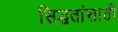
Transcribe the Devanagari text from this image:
सिद्धतांसाठी